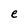
Character: e